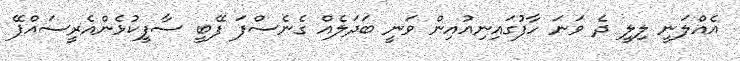
އެއްލަނީ ލިލީ ދެ ވަނަ ހާފުގައިނިއުއިން ވަނީ ބަދަލެއް ގެނެސްފަ ފޭބީ ސާފީކުޅެންއެރީސައްޕޭ